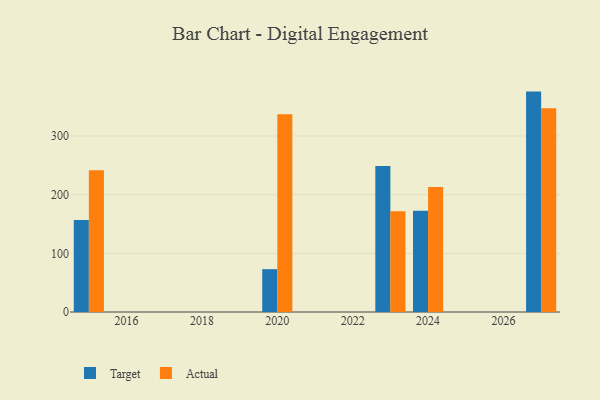
{"axis": {"x": "Year", "y": "Inventory Turnover"}, "legend": ["Actual", "Target"], "data": [{"x": "2027", "y": 375.7, "type": "Target"}, {"x": "2027", "y": 347.3, "type": "Actual"}, {"x": "2015", "y": 156.8, "type": "Target"}, {"x": "2015", "y": 241.6, "type": "Actual"}, {"x": "2024", "y": 172.6, "type": "Target"}, {"x": "2024", "y": 213.2, "type": "Actual"}, {"x": "2020", "y": 73.0, "type": "Target"}, {"x": "2020", "y": 337.3, "type": "Actual"}, {"x": "2023", "y": 249.0, "type": "Target"}, {"x": "2023", "y": 171.8, "type": "Actual"}]}